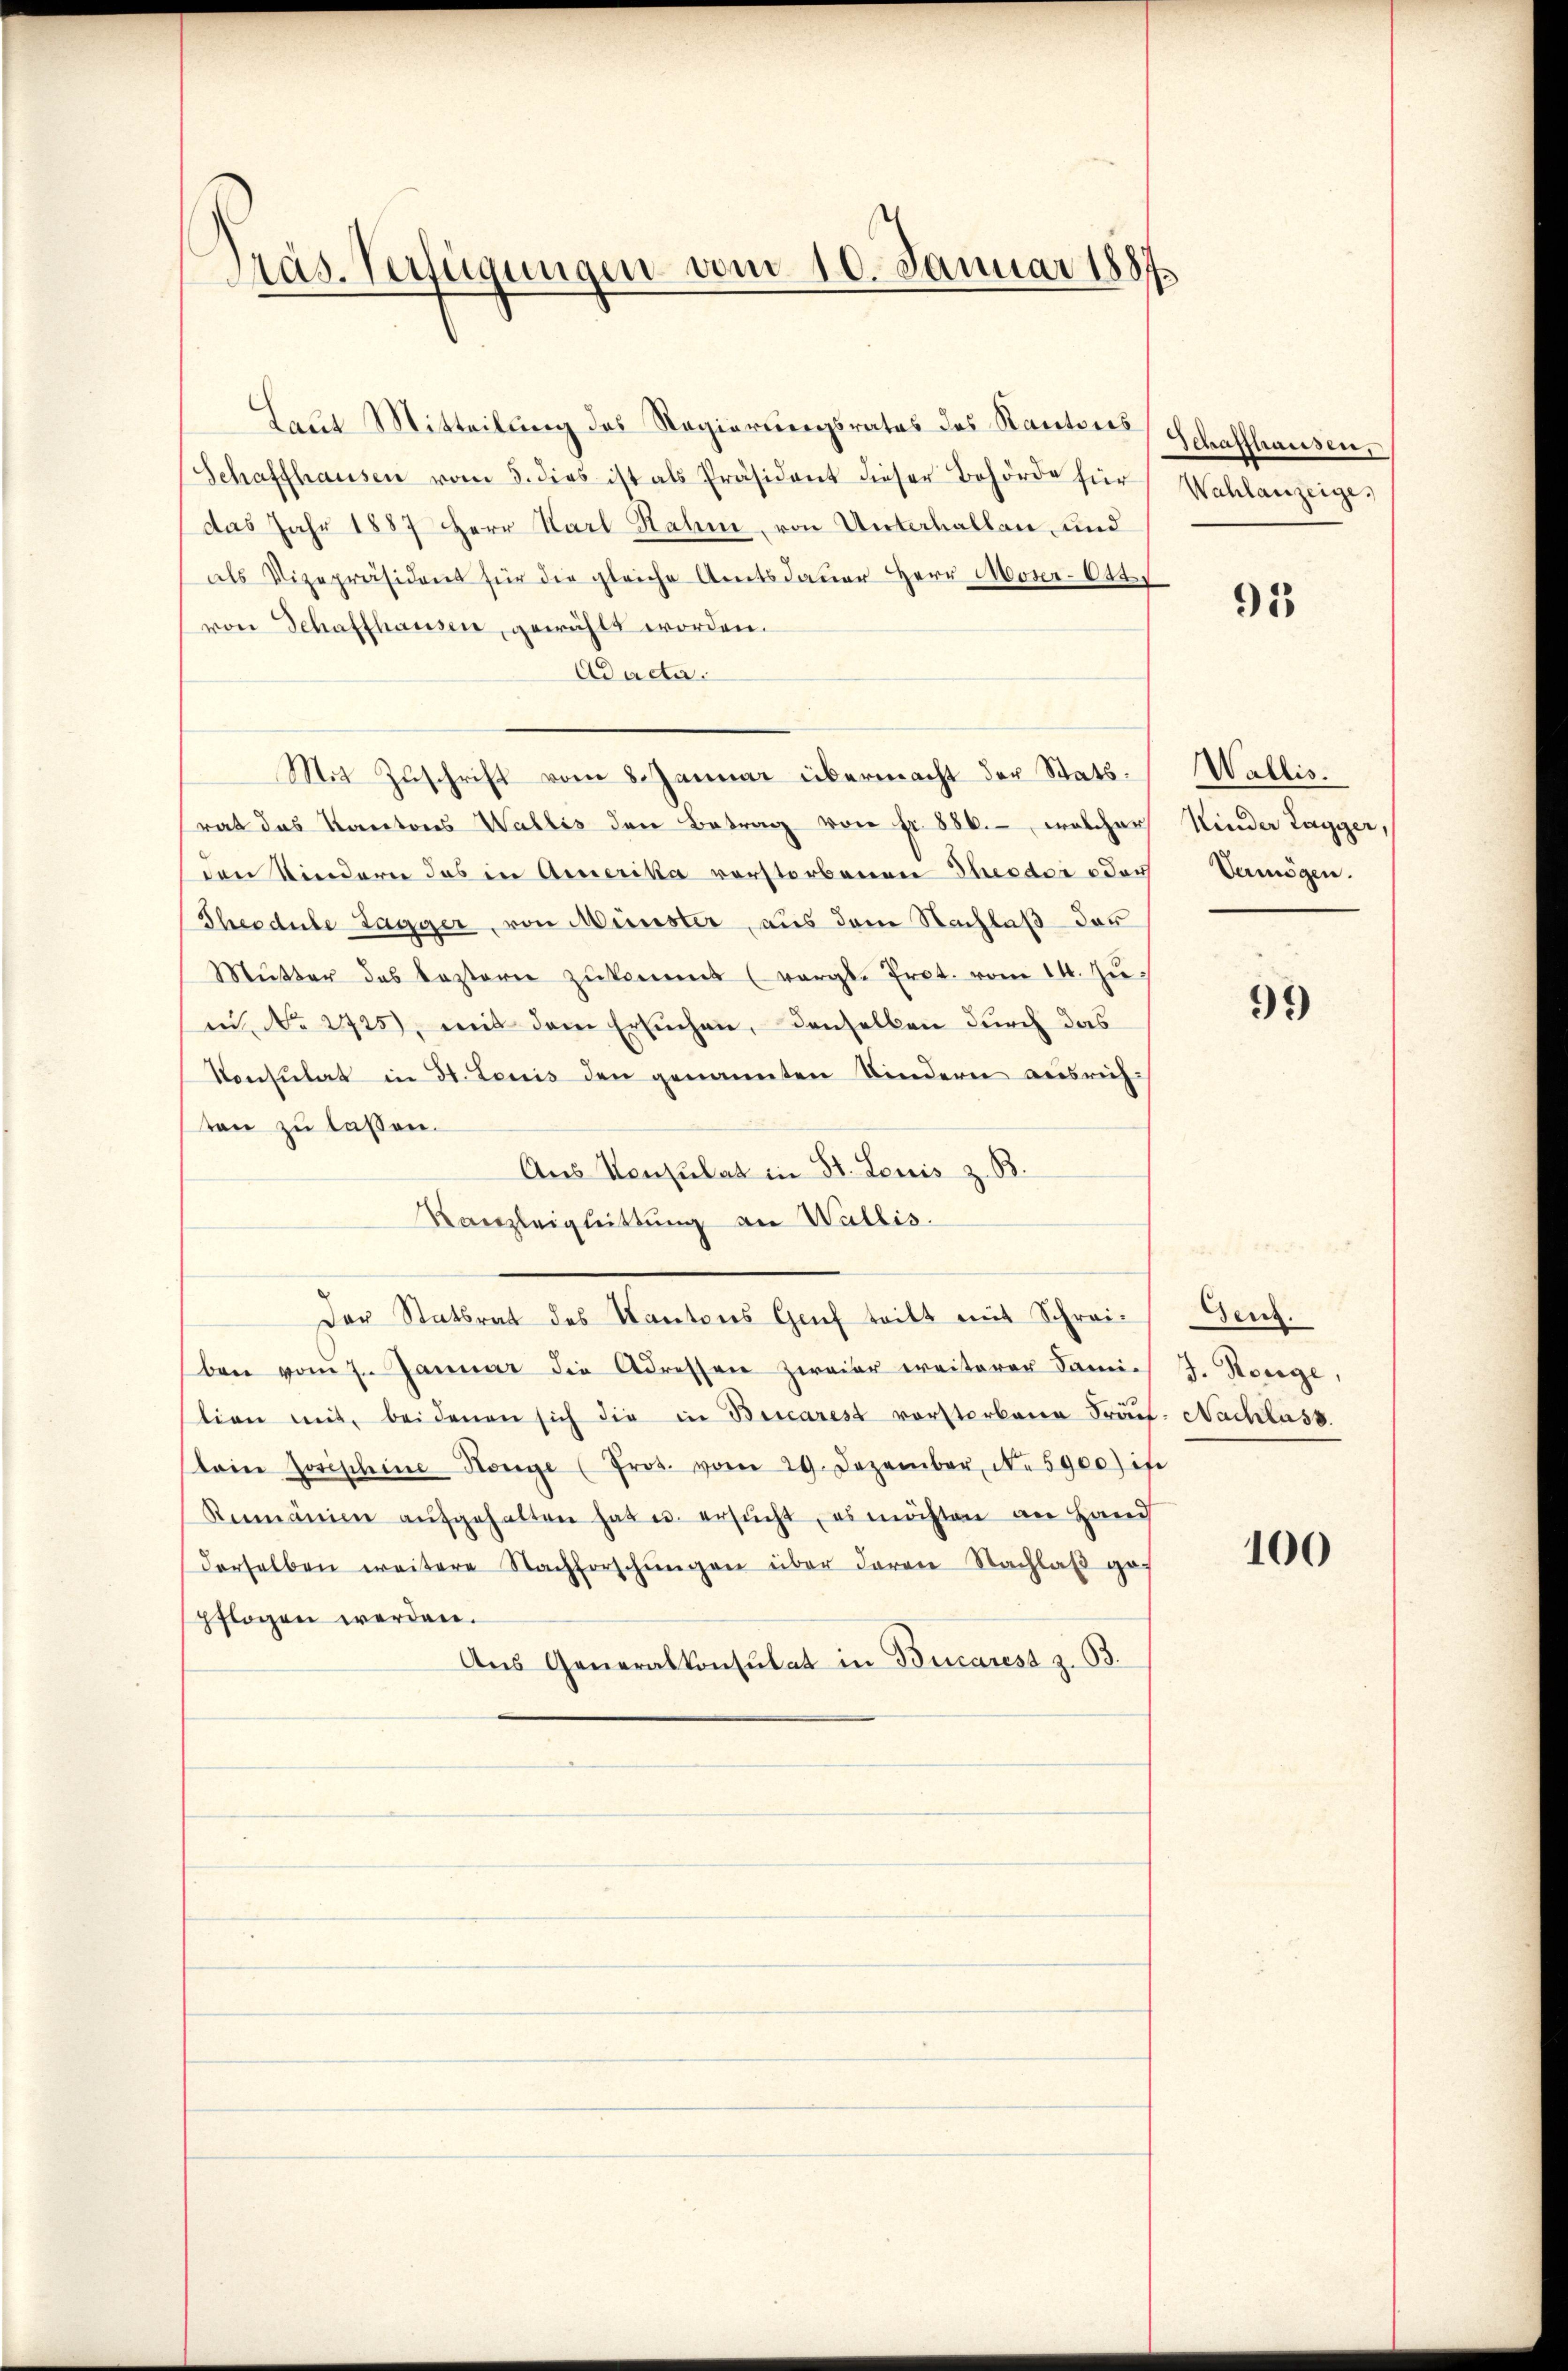
Präs. Verfügungen vom 10. Januar 1887

Laut Mitteilŭng des Regierungsrates des Kantons Schaffhausen.
Schaffhausen vom 5. dies ist als Präsident dieser Behörde für Wahlanzeigedas Jahr 1887 HHerr Karl Rahm, von Unterhalten und
als Vizepräsident für die gleiche Amtsdauer Herr Moser-Ott
von Schaffhausen, gewählt worden.
Ad acta.
Mit Zuschrift vom 8. Januar übermacht der Statsrat das Kantons Wallis den Betrag von fr. 886., welcher
den Kindern das in Amerika verstorbenen Theeder oder
Theodule Lagger, von Münster, aus dem Nachlaß das
Mŭtter des leztern zŭkommt (vergl. Prot. vom 14. Ju
u No 2725), mit dem Ersuchen, denselben durch das
Konsulat in St. Louis den genannten Kindern ausrichten zu lassen.
Aus Konsulat in St. Louis z. B.
Kanzleigheittung an Wallis.
Der Statsrat des Kantons Genf teilt mit Schrei- Genf.
ben vom 7. Januar die Adressen zweier ereiterer Damit J. Horge,
stion mit, beidenen sich die in Bricarest vorsterbene Frauf. Nachlass.
toine Josischine Hange (Prot. vom 29. Dezember N. 5900) is
Rumänien aŭfgehalten hat u. ersŭcht, es möchten an Hand
derselben weitere Nachforschŭngen über deren Nachlaβ gef
pflogen werden.
Aus Generalkonsulat in Bucarest z. 33.

91

Wallis.
Kinder Tagger,
Vermögen.

99

100